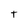
Character: t